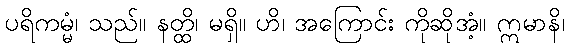
ပရိကမ္မံ၊ သည်။ နတ္ထိ၊ မရှိ။ ဟိ၊ အကြောင်း ကိုဆိုအံ့။ ဣမာနိ၊